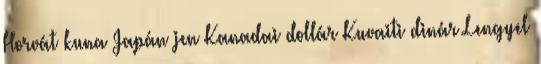
Horvát kuna Japán jen Kanadai dollár Kuvaiti dinár Lengyel